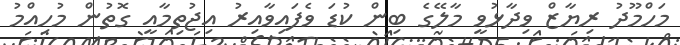
މަހްމޫދު ރިޔާޒް ވިދާޅުވީ މާލޭގެ ބިން ކުޑަ ވެފައިވާއިރު އިޖުތިމާއީ ގޮތުން މުހިއްމު